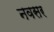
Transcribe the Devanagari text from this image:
नवसर